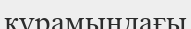
құрамындағы